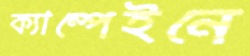
ক্যাম্পেইনে